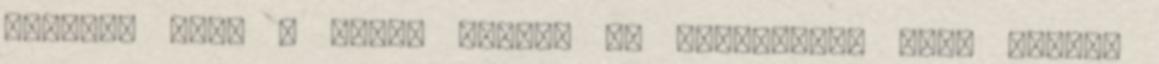
hagytak itt, ő pedig miután az ellenséges klán tagjai